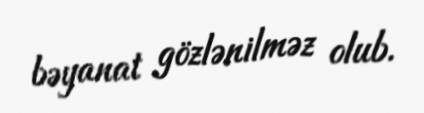
bəyanat gözlənilməz olub.